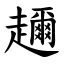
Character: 趰